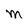
Character: M